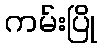
ကမ်းပြို